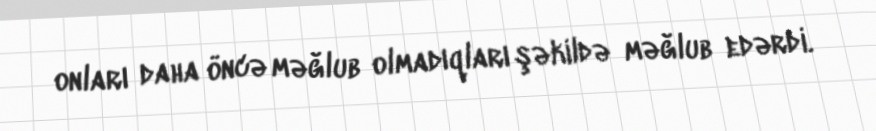
onları daha öncə məğlub olmadıqları şəkildə məğlub edərdi.